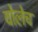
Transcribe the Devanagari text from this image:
वोलेच